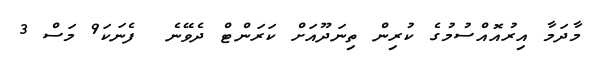
މާދަމާ އިރުއޮއްސުމުގެ ކުރިން ތިނަދޫއަށް ކަރަންޓް ދެވޭނެ  ފެނަކަ9 މަސް 3